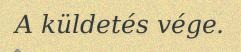
A küldetés vége.